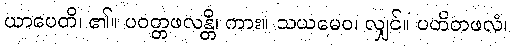
ယာပေတိ၊ ၏။ ပဝတ္တဖလန္တိ၊ ကား။ သယမေဝ၊ လျှင်။ ပတိတဖလံ၊